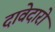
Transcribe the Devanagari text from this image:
दावेदारो